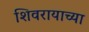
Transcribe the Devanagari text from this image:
शिवरायाच्या